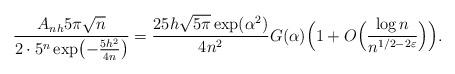
LaTeX: \begin{align*} \frac{A_{nh}5\pi\sqrt{n}}{2\cdot 5^n\exp\bigl(-\frac{5h^2}{4n}\bigr)} = \frac{25h\sqrt{5\pi}\exp(\alpha^2)}{4n^2}G(\alpha)\Bigl(1+ O\Bigl(\frac{\log n}{n^{1/2-2\varepsilon}}\Bigr)\Bigr). \end{align*}